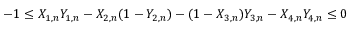
- 1 \le X _ { 1 , n } Y _ { 1 , n } - X _ { 2 , n } ( 1 - Y _ { 2 , n } ) - ( 1 - X _ { 3 , n } ) Y _ { 3 , n } - X _ { 4 , n } Y _ { 4 , n } \le 0